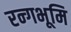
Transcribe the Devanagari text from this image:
रन्गभूमि